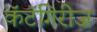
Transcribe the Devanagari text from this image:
कॅटॅगिरीज